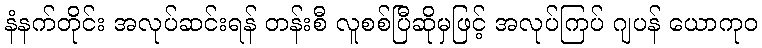
နံနက်တိုင်း အလုပ်ဆင်းရန် တန်းစီ လူစစ်ပြီဆိုမှဖြင့် အလုပ်ကြပ် ဂျပန် ယောကုဝ